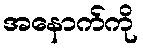
အနောက်ကို